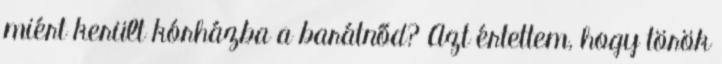
miért került kórházba a barátnőd? Azt értettem, hogy török